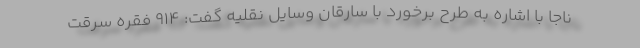
ناجا با اشاره به طرح برخورد با سارقان وسایل نقلیه گفت: ۹۱۴ فقره سرقت